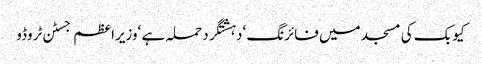
کیوبک کی مسجد میں فائرنگ ‘دہشتگرد حملہ ہے ‘وزیراعظم جسٹن ٹروڈو